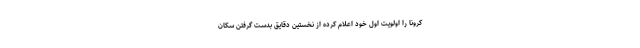
کرونا را اولویت اول خود اعلام کرده از نخستین دقایق بدست گرفتن سکان